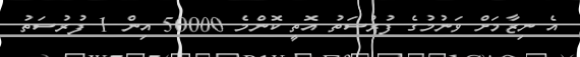
އެ ނިޒާމަށް ވަނުމުގެ ފުރުސަތު އޮތީ ކޮންމެ 50000 އިން 1 ފުރުސަތު